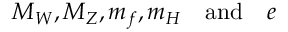
M _ { W } , M _ { Z } , m _ { f } , m _ { H } \quad \mathrm { a n d } \quad e